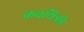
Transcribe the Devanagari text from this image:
कवयित्री।